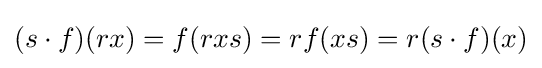
(s\cdot f)(rx)=f(rxs)=rf(xs)=r(s\cdot f)(x)